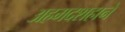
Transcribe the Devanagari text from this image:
अहमदशहाने